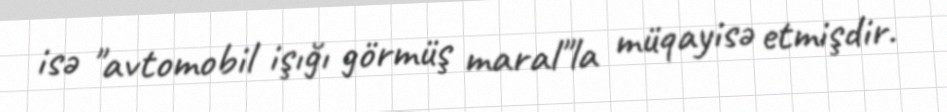
isə "avtomobil işığı görmüş maral"la müqayisə etmişdir.